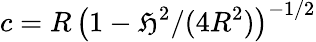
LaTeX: c=R\, \big(1-\mathfrak{H}^{2}/(4R^{2})\big)^{-1/2}